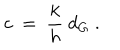
c \ = \ { \frac { k } { h } } \ d _ { G } \ .